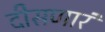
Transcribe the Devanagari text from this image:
दीसणारं